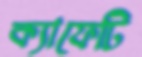
ক্যাফেটি